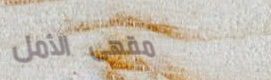
مقهى الأمل